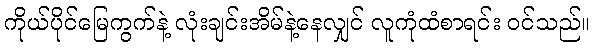
ကိုယ်ပိုင်မြေကွက်နဲ့ လုံးချင်းအိမ်နဲ့နေလျှင် လူကုံထံစာရင်း ဝင်သည်။